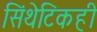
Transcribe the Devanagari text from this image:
सिंथेटिकही